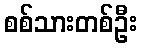
စစ်သားတစ်ဦး